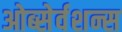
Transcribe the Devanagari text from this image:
ओब्सेर्वशन्स